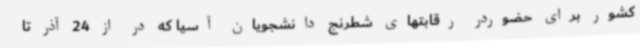
کشور برای حضوردر رقابتهای شطرنج دانشجویان آسیا که در از 24 آذر تا